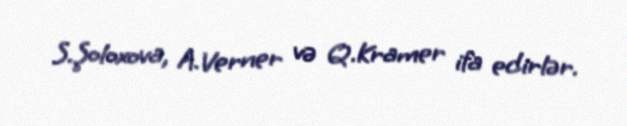
S.Şoloxova, A.Verner və Q.Kramer ifa edirlər.